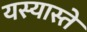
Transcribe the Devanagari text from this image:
यस्यास्ते